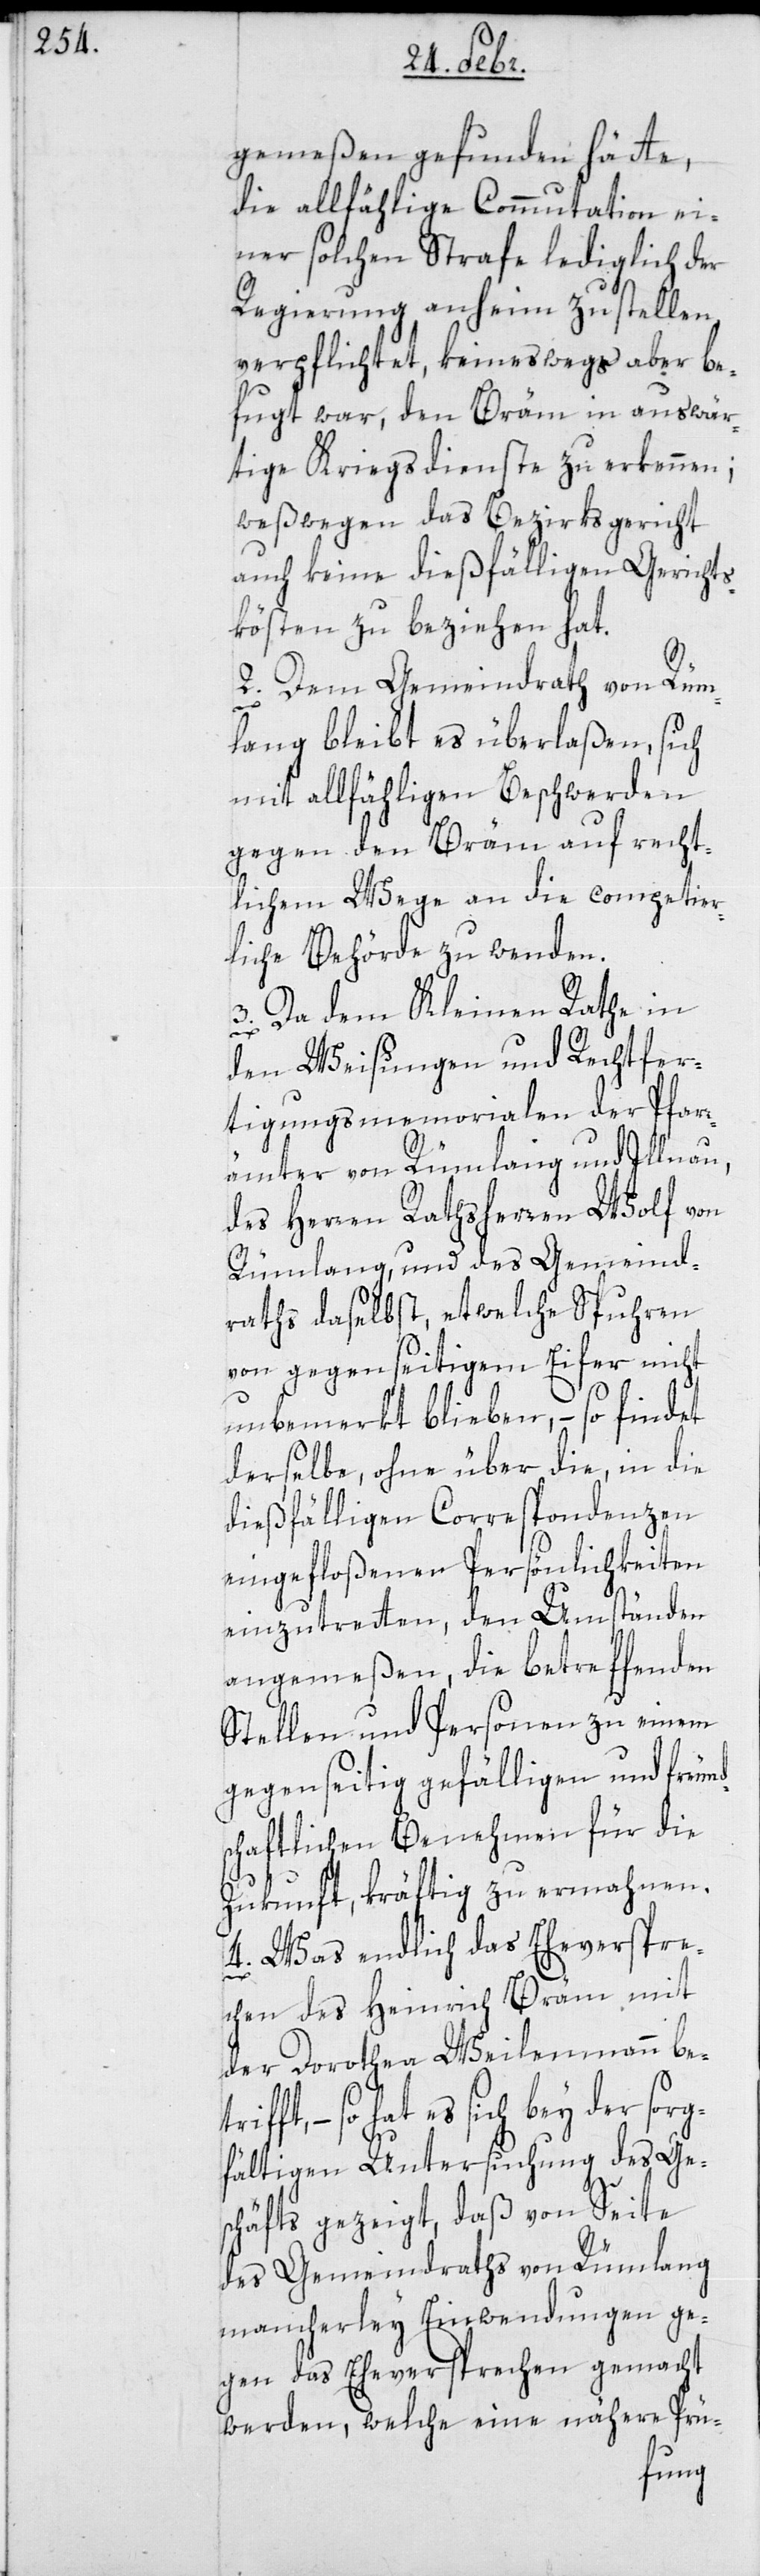
gemeßen befunden hätte,
die allfällige Commutation ei¬
ner solchen Strafe lediglich der
Regierung anheim zu stellen
verpflichtet, keineswegs aber be¬
fugt war, den Bräm in auswär¬
tige Kriegsdienste zu erkennen;
weßwegen das Bezirksgericht
auch keine dießfälligen Gerichts¬
kösten zu beziehen hat.
2. Dem Gemeindrath von Rüm¬
lang bleibt es überlaßen, sich
mit allfälligen Beschwerden
gegen den Bräm auf recht¬
lichem Wege an die competier¬
liche Behörde zu wenden.
3. Da dem Kleinen Rathe in
den Weisungen und Rechtfer¬
tigungsmemorialen der Pfarr¬
ämter von Rümlang und Illnau,
des Herren Rathsherren Wolf von
Rümlang und des Gemeind¬
raths daselbst, etwelche Spuhren
von gegenseitigem Eifer nicht
unbemerkt blieben, – so findet
derselbe, ohne über die in die
dießfälligen Correspondenzen
eingefloßenen Persönlichkeiten
einzutreten, den Umständen
angemeßen, die betreffenden
Stellen und Personen zu einem
gegenseitig gefälligen und freund¬
schaftlichen Benehmen für die
Zukunft kräftig zu ermahnen.
4. Was endlich das Eheverspre¬
trif¬
chen des Heinrich Bräm mit
der Dorothea Weilenmann be¬
ft, – so hat es sich bey der sor¬
gfältigen Untersuchung des Ge¬
schäfts gezeigt, daß von Seite
des Gemeindraths von Rümlang
mancherley Einwendungen ge¬
gen das Eheversprechen gemacht
werden, welche eine nähere Prü-